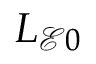
L _ { \mathcal { E } 0 }